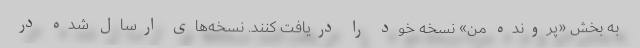
به بخش «پرونده من» نسخه خود را دریافت کنند. نسخه‌های ارسال شده در